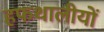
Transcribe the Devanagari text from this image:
हफथालीयों